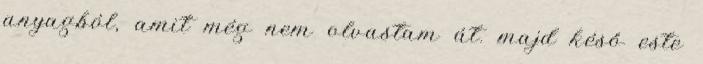
anyagból, amit még nem olvastam át. majd késő este